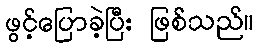
ဖွင့်ပြောခဲ့ပြီး ဖြစ်သည်။